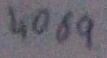
Text: 4069